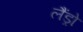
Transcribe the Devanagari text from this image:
लैंड्रो